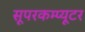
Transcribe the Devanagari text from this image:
सूपरकम्प्यूटर